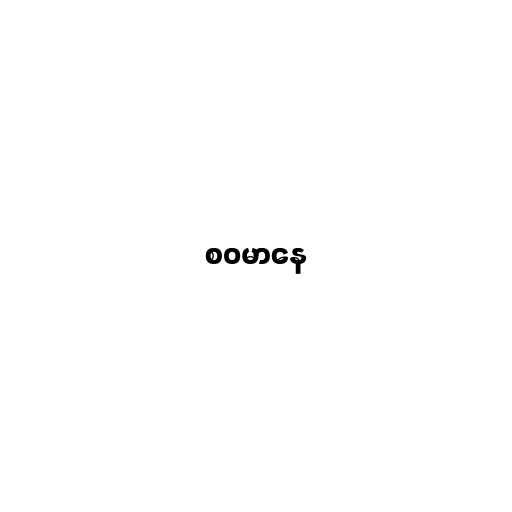
စဝမာနေ